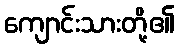
ကျောင်းသားတို့၏